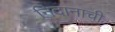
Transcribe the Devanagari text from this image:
निदानाची